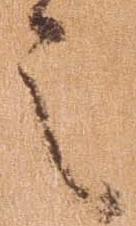
之